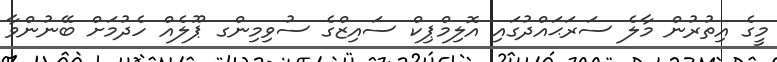
މީގެ އިތުރުން މާލެ ސަރަޙައްދުގައި އޮލިމްޕިކް ސައިޒްގެ ސުވިމިންގ ޕޫލެއް ހެދުމަށް ބޭނުންވާ